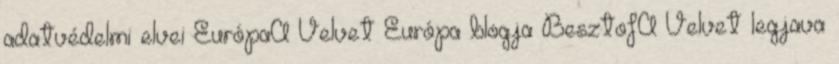
adatvédelmi elvei EurópaA Velvet Európa blogja BesztofA Velvet legjava